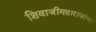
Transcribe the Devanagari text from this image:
शिवाजीमहाराजांचा